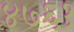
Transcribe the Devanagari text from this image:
४७६१